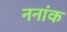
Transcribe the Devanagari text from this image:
ननांक